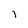
Character: i